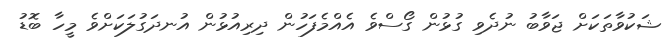
ޝަކުވާތަކަށް ޖަވާބު ނުދެވި ގުޅުން ގޯސްވެ އެއްމެފަހުން ދިރިއުޅުން އުނދަގުލަކަށްވެ މީހާ ބޮޑު